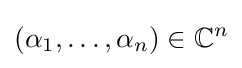
(\alpha _{1},\ldots ,\alpha _{n})\in \mathbb {C} ^{n}